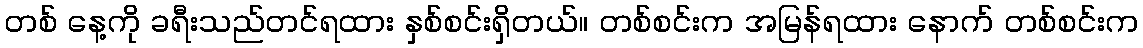
တစ် နေ့ကို ခရီးသည်တင်ရထား နှစ်စင်းရှိတယ်။ တစ်စင်းက အမြန်ရထား နောက် တစ်စင်းက